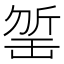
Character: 𣂬